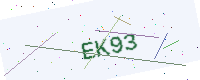
Text: EK93